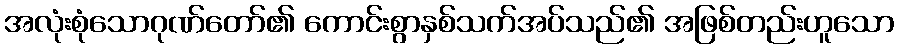
အလုံးစုံသောဂုဏ်တော်၏ ကောင်းစွာနှစ်သက်အပ်သည်၏ အဖြစ်တည်းဟူသော